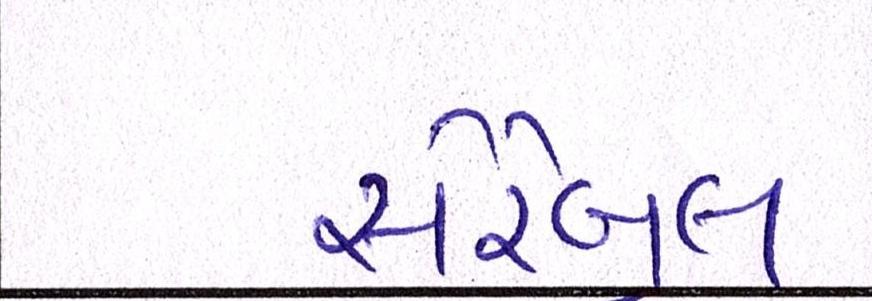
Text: સેરેબ્રલ